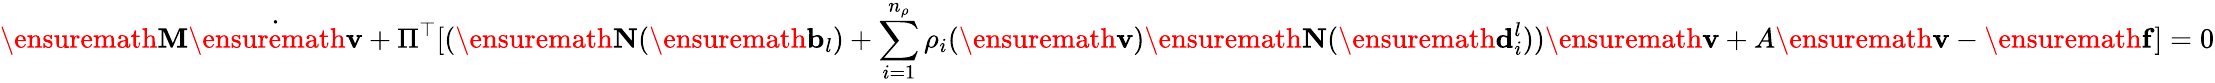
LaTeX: \ensuremath{\mathbf{M}}\dot{\ensuremath{\mathbf{v}}}+\Pi^{\top}[(\ensuremath{\mathbf{N}}(\ensuremath{\mathbf{b}}_{l})+\sum_{i=1}^{n_{\rho}}\rho_{i}(\ensuremath{\mathbf{v}})\ensuremath{\mathbf{N}}(\ensuremath{\mathbf{d}}_{i}^{l}))\ensuremath{\mathbf{v}}+A\ensuremath{\mathbf{v}}-\ensuremath{\mathbf{f}}]=0